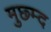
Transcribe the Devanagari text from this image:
मुछ्म्द